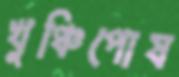
খুঞ্চিপোষ